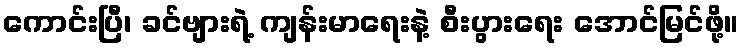
ကောင်းပြီ၊ ခင်ဗျားရဲ့ ကျန်းမာရေးနဲ့ စီးပွားရေး အောင်မြင်ဖို့။